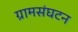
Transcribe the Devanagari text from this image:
ग्रामसंघटन